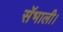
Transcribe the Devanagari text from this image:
सॅभाली।